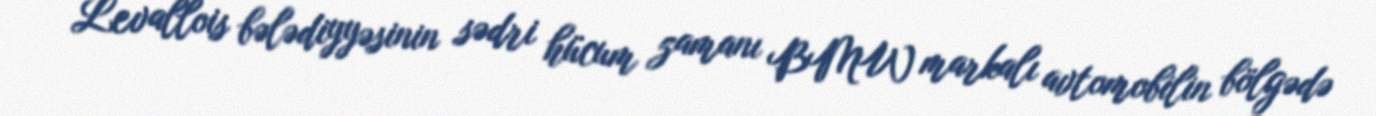
Levallois bələdiyyəsinin sədri hücum zamanı BMW markalı avtomobilin bölgədə